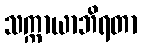
သက္ကာယာဘိရတာ